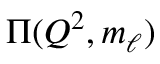
\Pi ( Q ^ { 2 } , m _ { \ell } )